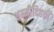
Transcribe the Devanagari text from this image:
थम्मीदिहत्ती